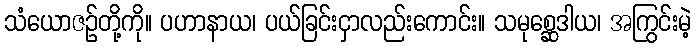
သံယောဇဉ်တို့ကို။ ပဟာနာယ၊ ပယ်ခြင်းငှာလည်းကောင်း။ သမုစ္ဆေဒါယ၊ အကြွင်းမဲ့